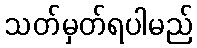
သတ်မှတ်ရပါမည်